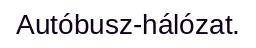
Autóbusz-hálózat.